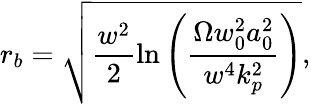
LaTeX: r_{b}=\sqrt{\frac{w^{2}}{2}\ln\left(\frac{\Omega w_{0}^{2}a_{0}^{2}}{w^{4}k_{p}^{2}}\right)},